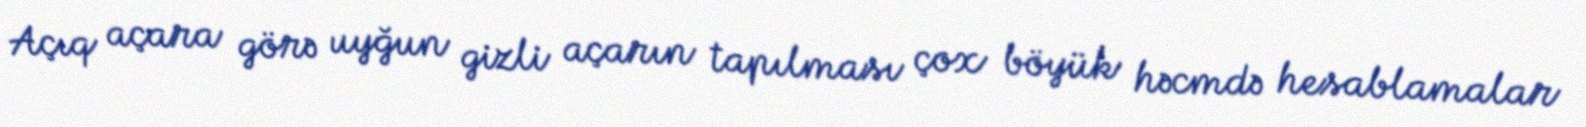
Açıq açara görə uyğun gizli açarın tapılması çox böyük həcmdə hesablamalar